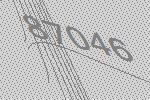
87046